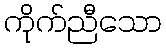
ကိုက်ညီသော